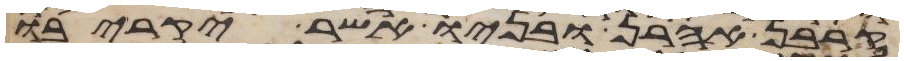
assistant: קרבן אהרן ובניו אשר יקריבו